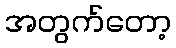
အတွက်တော့